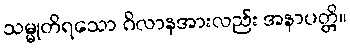
သမ္မုတိရသော ဂိလာနအားလည်း အနာပတ္တိ။